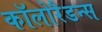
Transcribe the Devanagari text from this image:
कॉलोरैडन्स